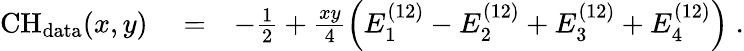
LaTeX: \begin{array}{rlr}{\mathrm{CH}_{\mathrm{data}}(x,y)}&{{}=}&{-\frac{1}{2}+\frac{xy}{4}\left(E_{1}^{(12)}-E_{2}^{(12)}+E_{3}^{(12)}+E_{4}^{(12)}\right)\; .}\end{array}